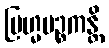
ဗြဟ္မပဉ္စကန္တိ